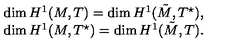
\begin{array} { c } { \dim H ^ { 1 } ( M , T ) = \dim H ^ { 1 } ( \tilde { M } , T ^ { \star } ) , } \\ { \dim H ^ { 1 } ( M , T ^ { \star } ) = \dim H ^ { 1 } ( \tilde { M } , T ) . } \\ \end{array}